Medical and sanitary report of the native army of Bengal for the year
Year: 1876
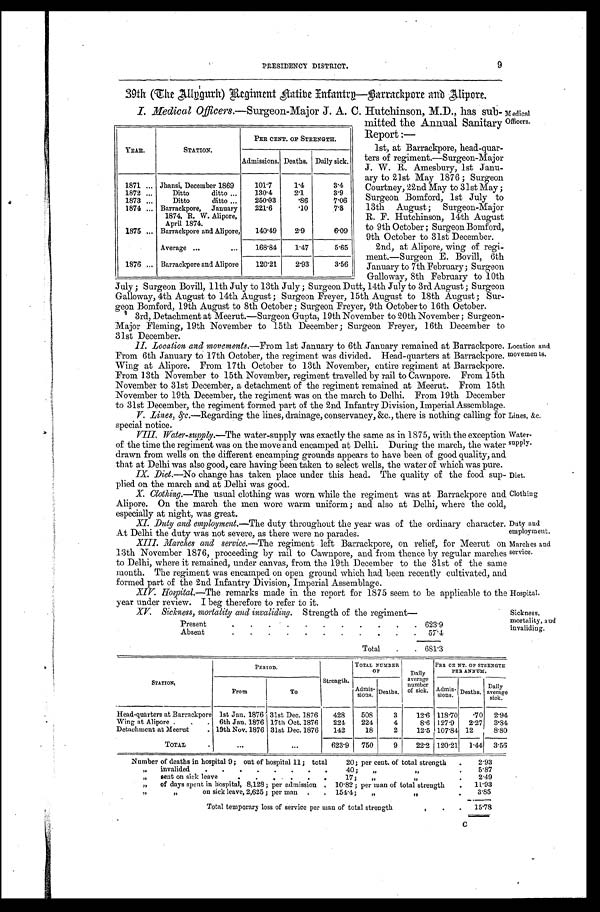
Lines, &c.
Water-
supply.
Diet.
Clothing
Duty and
employment.
Marches and
service.
Hospital.
Sickness,
mortality, and
invaliding.
PRESIDENCY DISTRICT.
9
39th (The Allygurh) Regiment Native Infantry—Barrackpore and Alipore.
I. Medical 0fficers.— Surgeon-Major J. A. C. Hutchinson, M.D., has sub- Medical
Officers.
YEAR.
STATION.
PER CENT. OF STRENGTH.
Admissions. Deaths. Daily sick.
1871 ... Jhansi, December 1869
101.7
1.4
3.4
1872 ...
Ditto
ditto ...
130.4
2.1
3.9
1873 ...
Ditto
ditto ...
250.03
.86
7.06
1874 ... Barrackpore,
January
1874, R. W. Alipore,
April 1874.
221.6
.10
7.8
1875 ... Barrackpore and Alipore,
140.49
2.9
6.09
Average ...
. . .
168.84
1.47
5.65
1876 ... Barrackpore and Alipore
120.21
2.93
3.56
mitted the Annual Sanitary
Report :—
1st, at Barrackpore, head-quar-
ters of regiment.—Surgeon-Major
J. W. R. Amesbury, 1st Janu-
ary to 21st May 1876 ; Surgeon
Courtney, 22nd May to 31st May;
Surgeon Bomford, 1st July to
13th August; Surgeon-Major
R. F. Hutchinson, 14th August
to 9th October ; Surgeon Bomford,
9th October to 31st December.
2nd, at Alipore, wing of regi-
ment.—Surgeon E. Bovill, 6th
January to 7th February; Surgeon
Galloway, 8th February to 10th
July ; Surgeon Bovill, 11th July to 13th July ; Surgeon Dutt, 14th July to 3rd August ; Surgeon
Galloway, 4th August to 14th August; Surgeon Freyer, 15th August to 18th August ; Sur-
geon Bomford, 19th August to 8th October ; Surgeon Freyer, 9th October to 16th October.
3rd, Detachment at Meerut.—Surgeon Gupta, 19th November to 20th November; Surgeon-
Major Fleming, 19th November to 15th December; Surgeon Freyer, 16th December to
31st December.
II. Location and movements.—From 1st January to 6th January remained at Barrackpore.
From 6th January to 17th October, the regiment was divided. Head-quarters at Barrackpore.
Wing at Alipore. From 17th October to 13th November, entire regiment at Barrackpore.
From 13th November to 15th November, regiment travelled by rail to Cawnpore. From 15th
November to 31st December, a detachment of the regiment remained at Meerut. From 15th
November to 19th December, the regiment was on the march to Delhi. From 19th December
to 31st December, the regiment formed part of the 2nd Infantr y Division, Imperial Assemblage.
V. Lines, &c.—Regarding the lines, drainage, conservancy, &c., there is nothing calling for
special notice.
VIII. Water-supply. —The water-supply was exactly the same as in 1875, with the exception
of the time the regiment was on the move and encamped at Delhi. During the march, the water
drawn from wells on the different encamping grounds appears to have been of good quality, and
that at Delhi was also g
ood care having been taken to select wells the water of which was pure.
Location and
movements.
IX. Diet.—No change has taken place under this head. The quality of the food sup-
plied on the march and at Delhi was good.
X. Clothing.—The usual clothing was worn while the regiment was at Barrackpore and
Alipore. On the march the men wore warm uniform; and also at Delhi, where the cold,
especially at nigh t , wa s g r e a t .
XI. Duty and employment. —The duty throughout the year was of the ordinary character.
At Delhi the duty was not severe, as there were no parades.
XIII. Marches and service. —The regiment left Barrackpore, on relief, for Meerut on
13th November 1876, proceeding by rail to Cawnpore, and from thence by regular marches
to Delhi, where it remained, under canvas, from the 19th December to the 31st of the same
month. The regiment was encamped on open ground which had been recently cultivated, and
formed part of the 2nd Infantry Division, Imperial Assemblage.
XIV. Hospital.—The remarks made in the report for 1875 seem to be applicable to the
year under review. I beg therefore to refer to it.
XV. Sickness, mortality and invaliding. Strength of the regiment—
Present
.
.
.
.
.
.
.
.
.
.
623.9
Absent
5 7 . 4
Total
.
681.3
STATION,
P E R I O D .
Strength.
TOTAL NUMBER
O F
Daily
average
number
of sick.
PER CE NT. OF STRENGTH
PER ANNUM.
From
To
Admis-
sions. Deaths.
Admis- sions. Deaths,
Daily-
average
sick.
Head-quarters at Barrackpore 1st Jan. 1876 31st Dec. 1876
428
508
3
12.6 118.70
.70
2.94
Wing at Alipore. .
6th Jan. 1876 17th Oct. 1876
224
224
4
8.6 127.9
2.27
3.84
Detachment at Meerut
. 19th Nov. 1876 31st Dec. 1876 142
18
2
12.5 107.84 12
8.80
TOTAL
.
...
...
623.9 750
9
2 2 . 2 120.21 1.44 3.56
Number of deaths in hospital 9; out of hospital 11; total
20; per cent. of total strength .
2.93
„ invalided . .
.
.
.
.
.
.
40 ; „
,f
5.87
„ sent on sick leave
.
.
. .
17; ,,
2.49
„
of days spent in hospital, 8,128; per admission
10.82; per man of total strength
11.93
,,
,,
on sick leave, 2,625 ; per man
.
. 154.4;
„
, ,
3.85
Total temporary loss of service per man of total strength. ,
. .
1 5 . 7 8